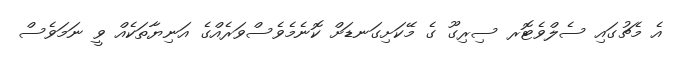
އެ މެޗުގައި ސެލްވެޓޮރ ސިރިގޫ ގެ މޭކަށިގަނޑަށް ކޮނެމެވެސްވަރެއްގެ އަނިޔާތަކެއް ވީ ނަމަވެސް